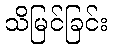
သိမြင်ခြင်း